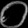
Digit: ၀